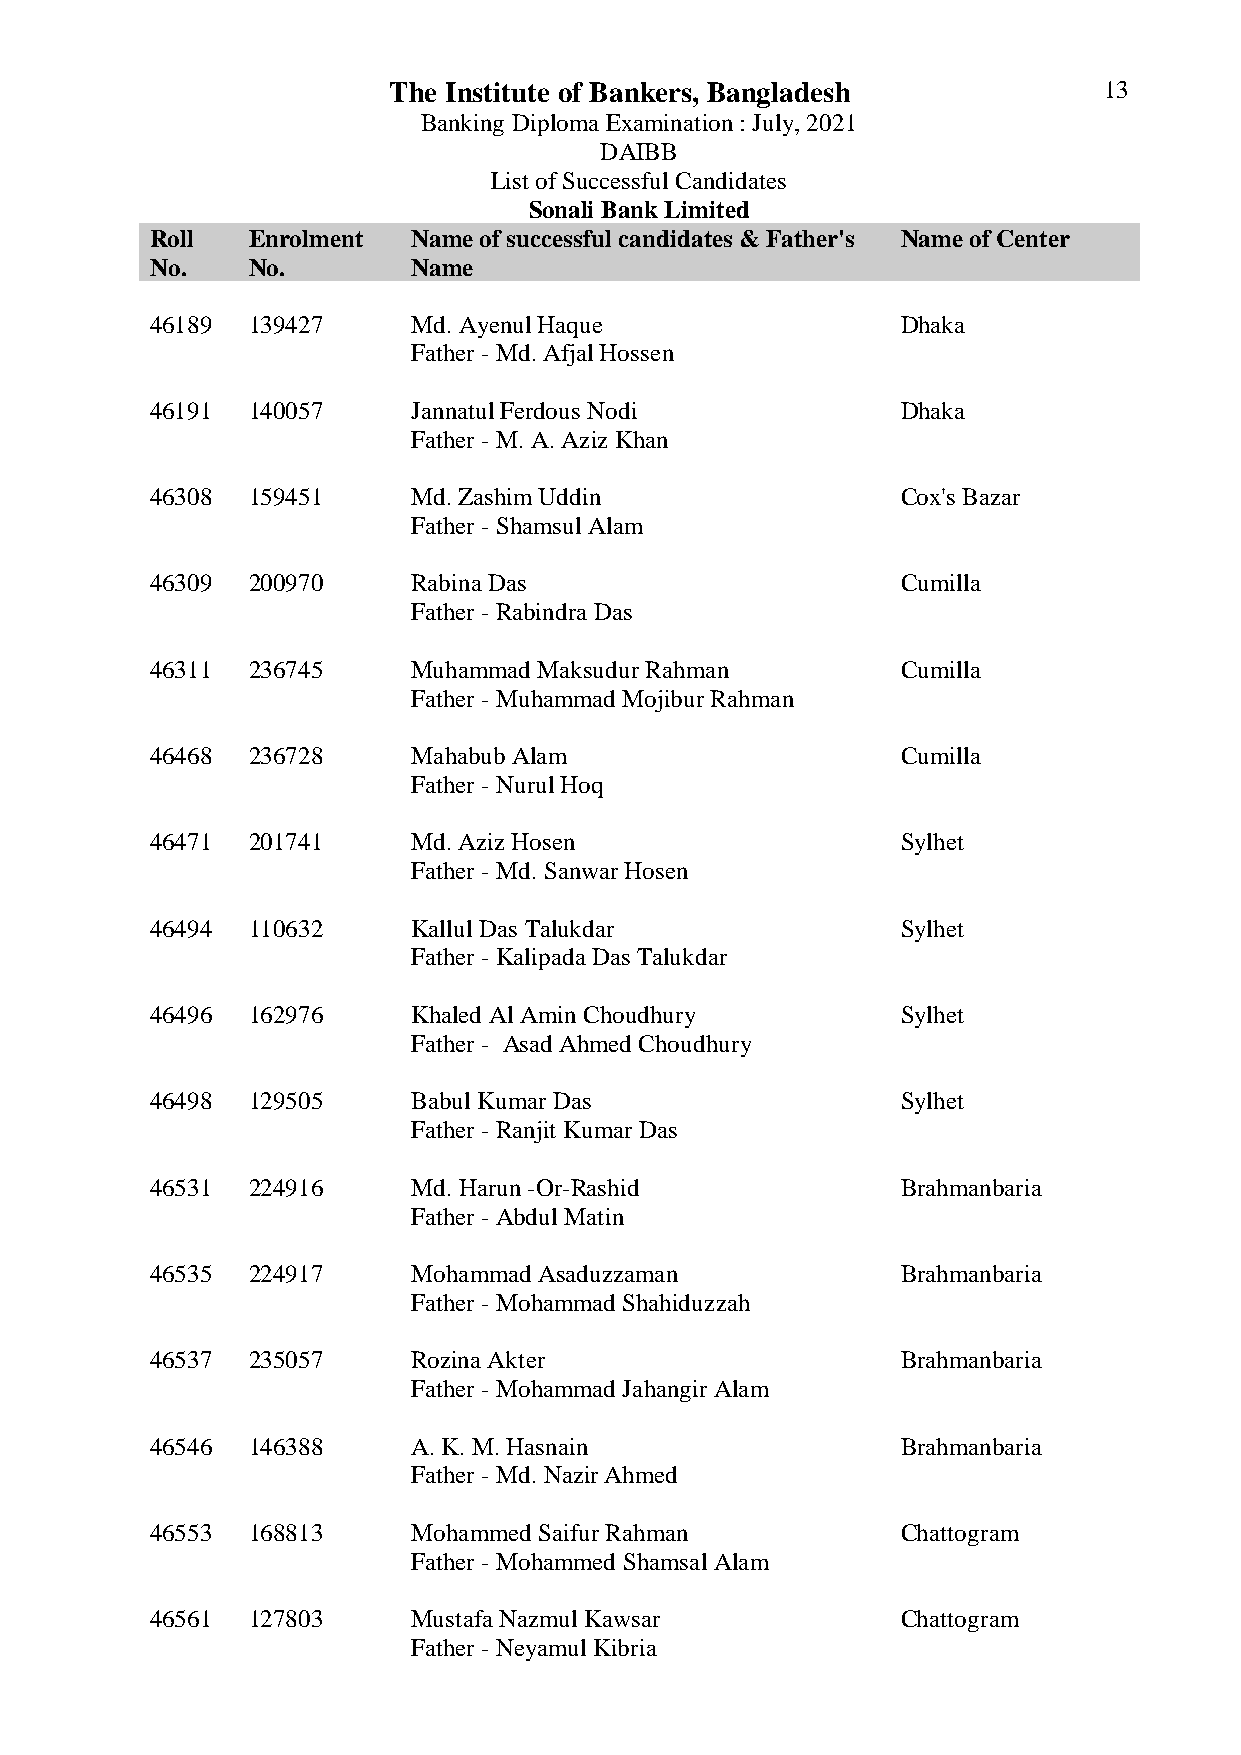
The Institute of Bankers, Bangladesh           13
 Banking Diploma Examination : July, 2021
 DAIBB
 List of Successful Candidates
 Sonali Bank Limited
 Roll  Enrolment  Name of successful candidates & Father's Name of Center
 No.   No.        Name
 46189 139427     Md. Ayenul Haque                 Dhaka
 Father - Md. Afjal Hossen
 46191 140057     Jannatul Ferdous Nodi            Dhaka
 Father - M. A. Aziz Khan
 46308 159451     Md. Zashim Uddin                 Cox's Bazar
 Father - Shamsul Alam
 46309 200970     Rabina Das                       Cumilla
 Father - Rabindra Das
 46311 236745     Muhammad Maksudur Rahman         Cumilla
 Father - Muhammad Mojibur Rahman
 46468 236728     Mahabub Alam                     Cumilla
 Father - Nurul Hoq
 46471 201741     Md. Aziz Hosen                   Sylhet
 Father - Md. Sanwar Hosen
 46494 110632     Kallul Das Talukdar              Sylhet
 Father - Kalipada Das Talukdar
 46496 162976     Khaled Al Amin Choudhury         Sylhet
 Father - Asad Ahmed Choudhury
 46498 129505     Babul Kumar Das                  Sylhet
 Father - Ranjit Kumar Das
 46531 224916     Md. Harun -Or-Rashid             Brahmanbaria
 Father - Abdul Matin
 46535 224917     Mohammad Asaduzzaman             Brahmanbaria
 Father - Mohammad Shahiduzzah
 46537 235057     Rozina Akter                     Brahmanbaria
 Father - Mohammad Jahangir Alam
 46546 146388     A. K. M. Hasnain                 Brahmanbaria
 Father - Md. Nazir Ahmed
 46553 168813     Mohammed Saifur Rahman           Chattogram
 Father - Mohammed Shamsal Alam
 46561 127803     Mustafa Nazmul Kawsar            Chattogram
 Father - Neyamul Kibria